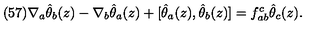
( 5 7 ) \nabla _ { a } \hat { \theta } _ { b } ( z ) - \nabla _ { b } \hat { \theta } _ { a } ( z ) + [ \hat { \theta } _ { a } ( z ) , \hat { \theta } _ { b } ( z ) ] = f _ { a b } ^ { c } \hat { \theta } _ { c } ( z ) .